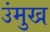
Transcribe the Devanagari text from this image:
उंमुख